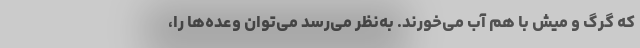
که گرگ و میش با هم آب می‌خورند. به‌نظر می‌رسد می‌توان وعده‌ها را،